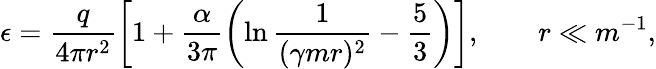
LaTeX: \epsilon=\frac{q}{4\pi r^{2}}\left[1+\frac{\alpha}{3\pi}\left(\ln\frac{1}{(\gamma mr)^{2}}-\frac 53\right)\right],\qquad r\ll m^{-1},